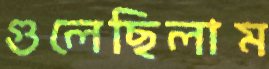
গুলেছিলাম